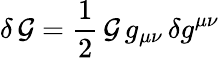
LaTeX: \delta\, {\cal G}=\frac{1}{2}\, {\cal G}\, g_{\mu\nu}\, \delta g^{\mu\nu}